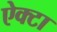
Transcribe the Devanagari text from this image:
ऐक्टा